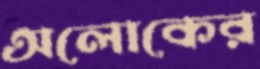
অলোকের